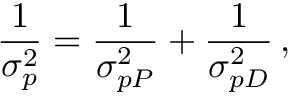
\frac { 1 } { \sigma _ { p } ^ { 2 } } = \frac { 1 } { \sigma _ { p \SS P } ^ { 2 } } + \frac { 1 } { \sigma _ { p \SS D } ^ { 2 } } \, ,